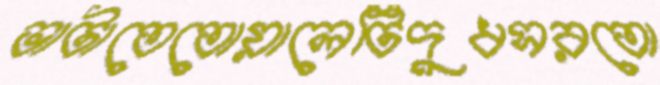
ভাটাতেতোয়ালেটিদুধসরতো